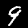
Digit: 9